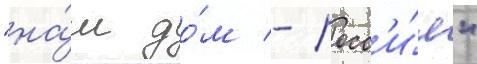
"на́ш до́м - росс'и́я"